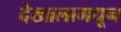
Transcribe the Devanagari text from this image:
देखालामधून